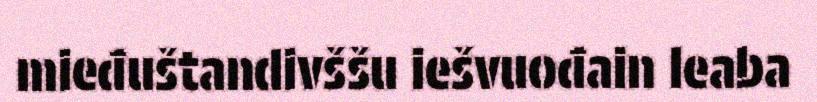
mieđuštandivššu iešvuođain leaba